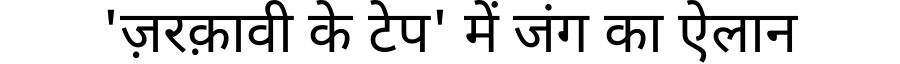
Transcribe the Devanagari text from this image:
'ज़रक़ावी के टेप' में जंग का ऐलान